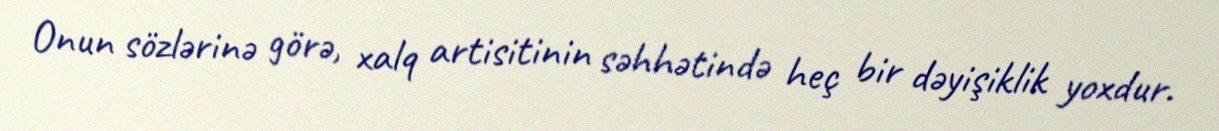
Onun sözlərinə görə, xalq artisitinin səhhətində heç bir dəyişiklik yoxdur.